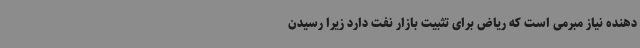
دهنده نیاز مبرمی است که ریاض برای تثبیت بازار نفت دارد زیرا رسیدن